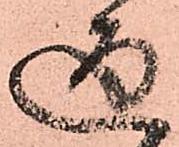
通